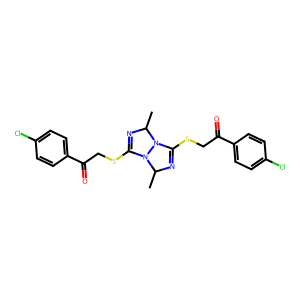
SMILES: CC1N=C(SCC(=O)c2ccc(Cl)cc2)N2C(C)N=C(SCC(=O)c3ccc(Cl)cc3)N12
Inhibits HIV replication: No